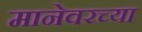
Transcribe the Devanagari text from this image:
मानेवरच्या